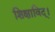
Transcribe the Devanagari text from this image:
शिक्षाविद्।